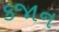
કજાન